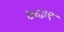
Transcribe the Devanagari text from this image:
७६३९